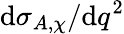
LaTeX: \mathrm{d}\sigma_{A,\chi}/\mathrm{d}q^{2}